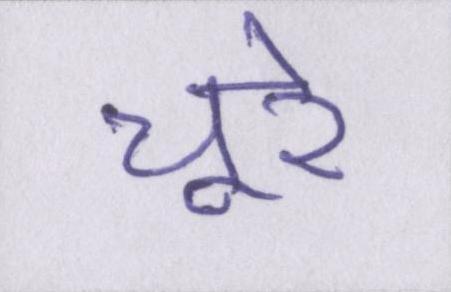
चूरे